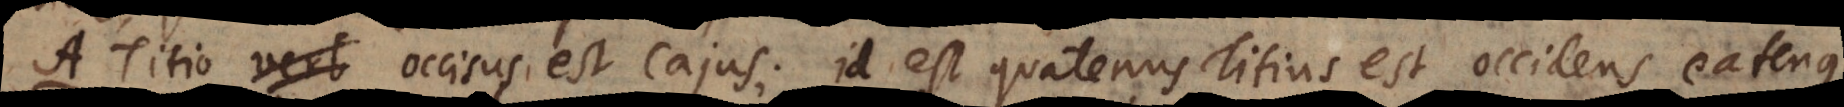
A Titio verb occisus est Cajus; id est quatenus Titius est occidens eatenus